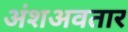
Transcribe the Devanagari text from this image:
अंशअवतार